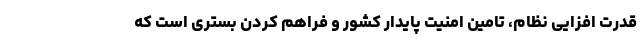
قدرت افزایی نظام، تامین امنیت پایدار کشور و فراهم کردن بستری است که